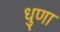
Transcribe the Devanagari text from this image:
धुणा